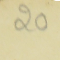
20